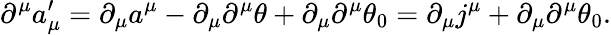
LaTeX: \partial^{\mu}a_{\mu}^{\prime}=\partial_{\mu}a^{\mu}-\partial_{\mu}\partial^{\mu}\theta+\partial_{\mu}\partial^{\mu}\theta_{0}=\partial_{\mu}j^{\mu}+\partial_{\mu}\partial^{\mu}\theta_{0}.